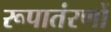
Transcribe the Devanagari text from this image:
रूपातंरणों